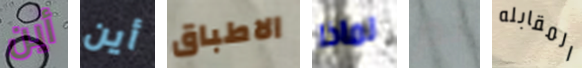
أين أين الاطباق لماذا تم المقابله